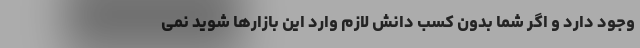
وجود دارد و اگر شما بدون کسب دانش لازم وارد این بازارها شوید نمی‌